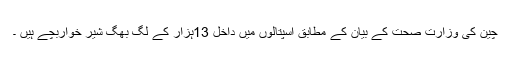
چین کی وزارت صحت کے بیان کے مطابق اسپتالوں میں داخل 13ہزار کے لگ بھگ شیر خواربچے ہیں ۔